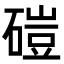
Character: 磑